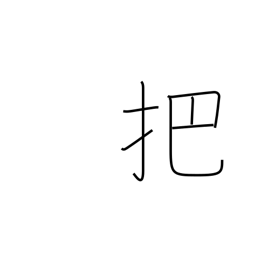
Meaning: faggot